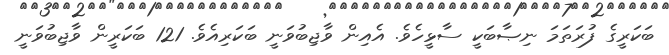
ބަކަރީގެ ފުރަތަމަ ނިޞާބަކީ ސާޅީހެވެ. އެއިން ވާޖިބުވަނީ ބަކަރިއެވެ. 121 ބަކަރީން ވާޖިބުވަނީ